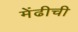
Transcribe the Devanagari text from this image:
मेंढीची